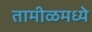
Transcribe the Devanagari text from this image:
तामीळमध्ये